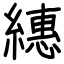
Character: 繐